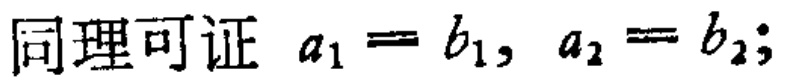
同理可证 \(a_1 = b_1, a_2 = b_2;\)